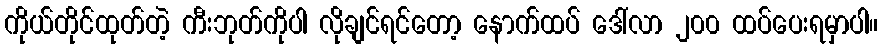
ကိုယ်တိုင်ထုတ်တဲ့ ကီးဘုတ်ကိုပါ လိုချင်ရင်တော့ နောက်ထပ် ဒေါ်လာ ၂၀၀ ထပ်ပေးရမှာပါ။